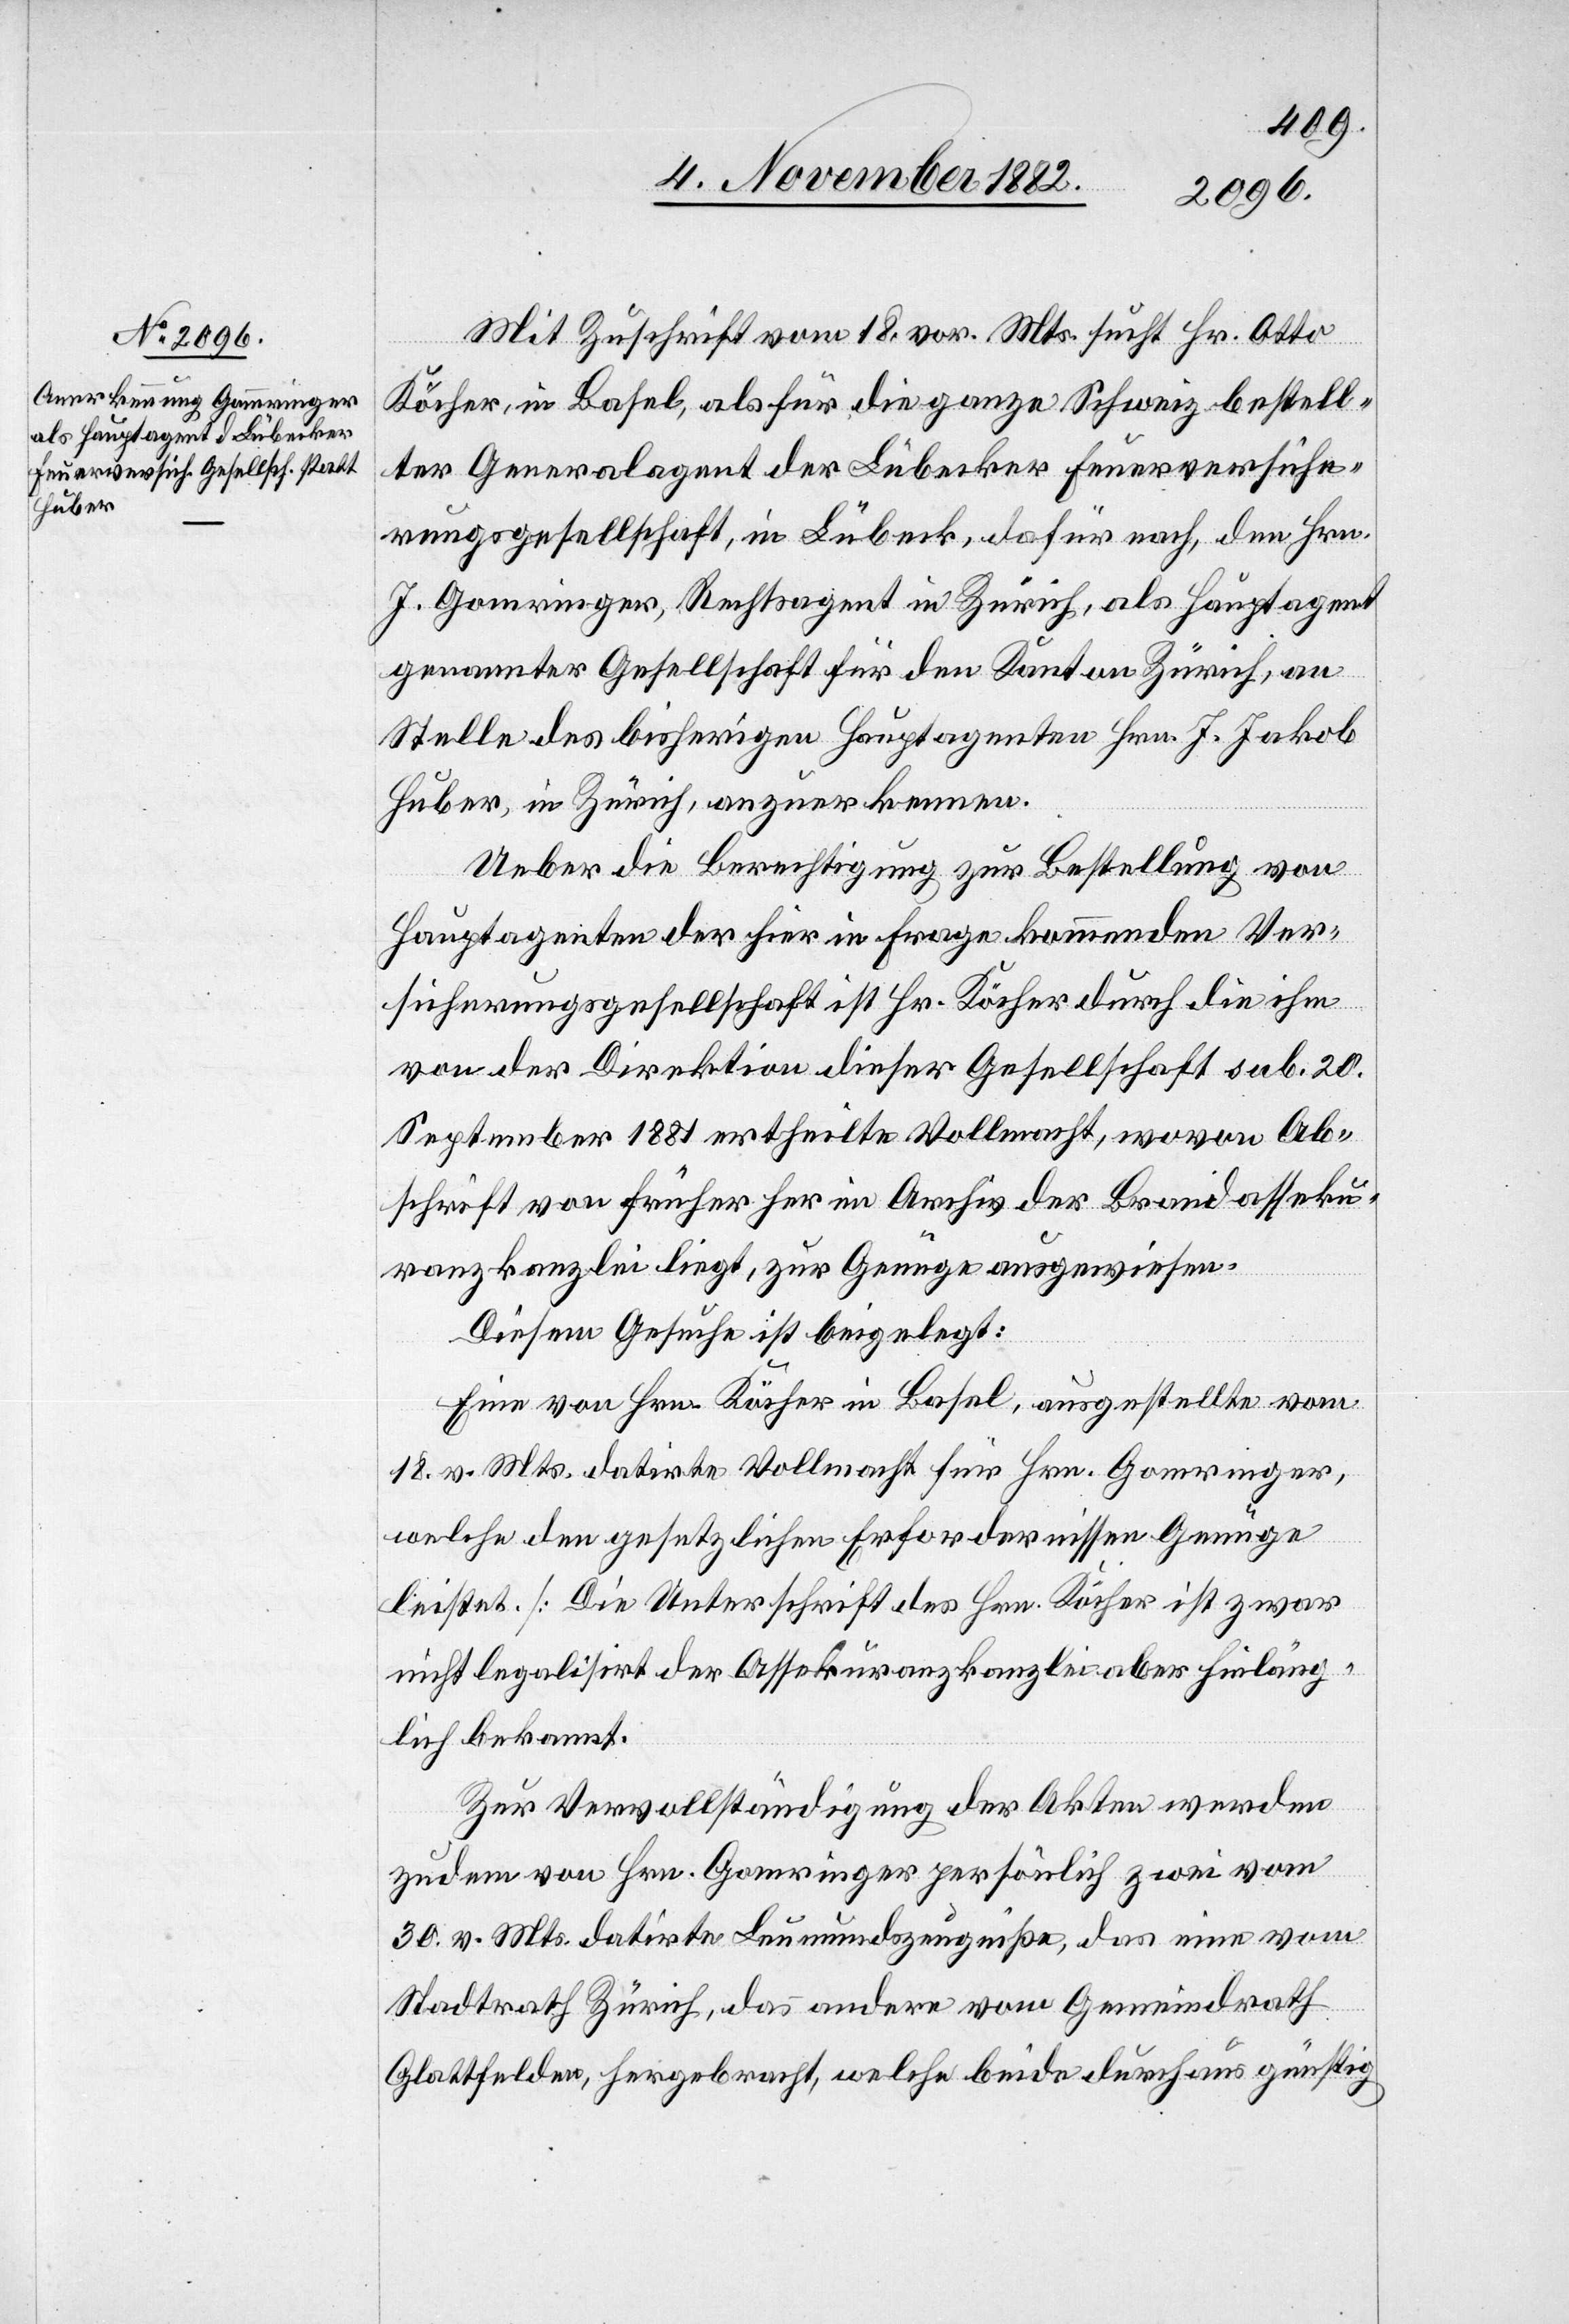
Mit Zuschrift vom 18. vor. Mts. sucht Hr. Otto
Köcher, in Basel, als für die ganze Schweiz bestell¬
ter Generalagent der Lübecker Feuerversiche¬
rungsgesellschaft, in Lübeck, dafür nach, den Hrn.
J. Gomringer [sic!], Rechtsagent in Zürich, als Hauptagent
genannter Gesellschaft für den Kanton Zürich, an
Stelle des bisherigen Hauptagenten Hrn. H. Jakob
Huber, in Zürich, anzuerkennen.
Ueber die Berechtigung zur Bestellung von
Hauptagenten der hier in Frage kommenden Ver¬
sicherungsgesellschaft ist Hr. Köcher durch die ihm
von der Direktion dieser Gesellschaft sub. 20
September 1881 ertheilte Vollmacht, wovon Ab¬
schrift von früher her im Archiv der Brandasseku¬
ranzkanzlei liegt, zur Genüge ausgewiesen.
Diesem Gesuche ist beigelegt:
Eine von Hrn. Köcher in Basel, ausgestellte vom
18. vor. Mts. datirte Vollmacht für Hrn. Gomringer,
welche den gesetzlichen Erfordernissen Genüge
leistet. [Die Unterschrift des Hrn. Köcher ist zwar
nicht legalisirt der Assekuranzkanzlei aber hinläng¬
lich bekannt.]
Zur Vervollständigung der Akten werden
zudem von Hrn. Gomringer persönlich zwei vom
30. vor. Mts. datirte Leumundszeugniße, das eine vom
Stadtrath Zürich, das andere vom Gemeindrath
Glattfelden, hergebracht, welche beide durchaus günstig